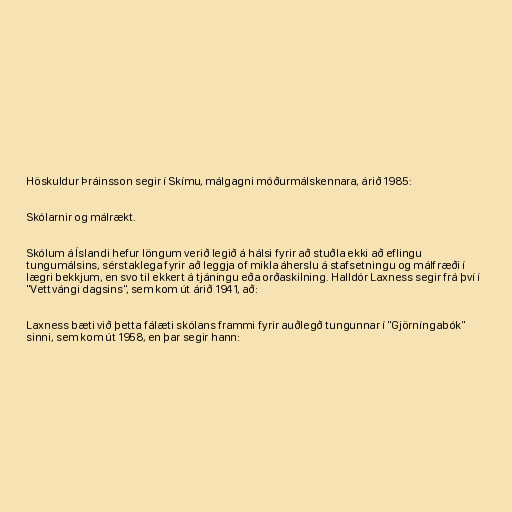
Höskuldur Þráinsson segir í Skímu, málgagni móðurmálskennara, árið 1985:

Skólarnir og málrækt.

Skólum á Íslandi hefur löngum verið legið á hálsi fyrir að stuðla ekki að eflingu
tungumálsins, sérstaklega fyrir að leggja of mikla áherslu á stafsetningu og málfræði í
lægri bekkjum, en svo til ekkert á tjáningu eða orðaskilning. Halldór Laxness segir frá því í
"Vettvángi dagsins", sem kom út árið 1941, að:

Laxness bæti við þetta fálæti skólans frammi fyrir auðlegð tungunnar í "Gjörníngabók"
sinni, sem kom út 1958, en þar segir hann: